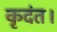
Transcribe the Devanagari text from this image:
कृदंत।